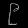
Digit: ၉